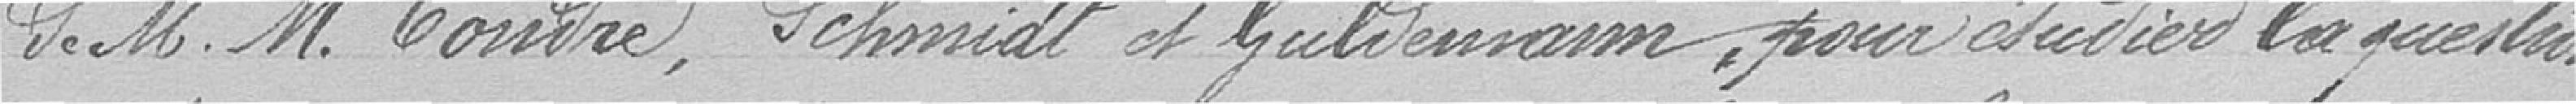
de messieurs Tondre, Schmidt et Guldemann, pour étudier la question